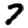
Digit: 7